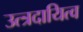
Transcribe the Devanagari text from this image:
उत्त्रदायित्व